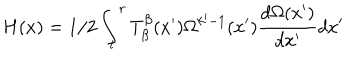
LaTeX: H ( x ) = 1 / 2 \int _ { l } ^ { r } T _ { \beta } ^ { \beta } ( x ^ { \prime } ) \Omega ^ { k ^ { \prime } - 1 } ( x ^ { \prime } ) \frac { d \Omega ( x ^ { \prime } ) } { d x ^ { \prime } } d x ^ { \prime }